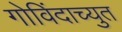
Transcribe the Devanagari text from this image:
गोविंदाच्युत